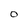
Character: 0